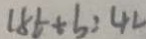
1 8 t + b = 4 2